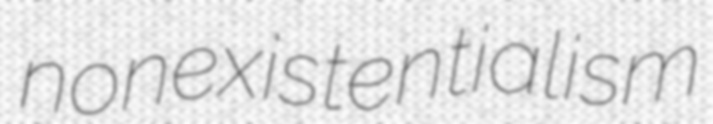
nonexistentialism